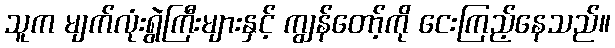
သူက မျက်လုံးရွဲကြီးများနှင့် ကျွန်တော့်ကို ငေးကြည့်နေသည်။